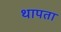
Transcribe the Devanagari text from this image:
थापता